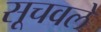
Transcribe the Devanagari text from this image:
सूचवले